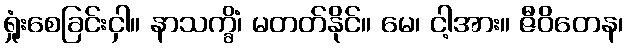
ရှုံးစေခြင်းငှါ။ နာသက္ခိံ၊ မတတ်နိုင်။ မေ၊ ငါ့အား။ ဇီဝိတေန၊